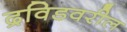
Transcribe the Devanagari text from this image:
द्रविडवरील